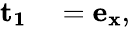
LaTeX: \begin{array}{rl}{\mathbf{{t_{1}}}}&{{}=\mathbf{e_{x}},}\end{array}